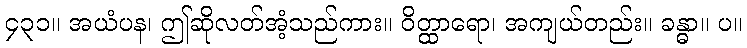
၄၃၁။ အယံပန၊ ဤဆိုလတ်အံ့သည်ကား။ ဝိတ္ထာရော၊ အကျယ်တည်း။ ခန္ဓာ။ ပ။